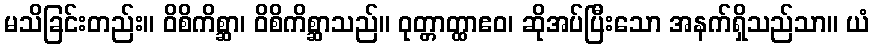
မသိခြင်းတည်း။ ဝိစိကိစ္ဆာ၊ ဝိစိကိစ္ဆာသည်။ ဝုတ္တာတ္ထာဧဝ၊ ဆိုအပ်ပြီးသော အနက်ရှိသည်သာ။ ယံ